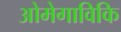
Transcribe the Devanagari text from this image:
ओमेगाविकि